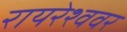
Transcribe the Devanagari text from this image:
रायरेश्ववर